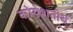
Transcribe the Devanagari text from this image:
कोयेशतीर्थ